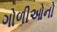
ગોળીઓનો